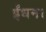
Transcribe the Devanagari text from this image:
ईंधन।